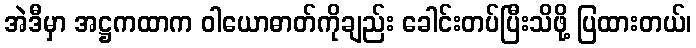
အဲဒီမှာ အဋ္ဌကထာက ဝါယောဓာတ်ကိုချည်း ခေါင်းတပ်ပြီးသိဖို့ ပြထားတယ်၊